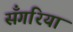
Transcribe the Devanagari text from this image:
सँगरिया